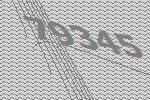
79345